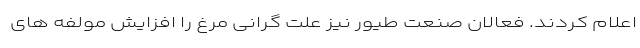
اعلام کردند. فعالان صنعت طیور نیز علت گرانی مرغ را افزایش مولفه های